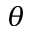
\theta